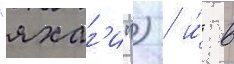
"яхаг'и") / и́ в